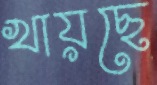
খায়ছে